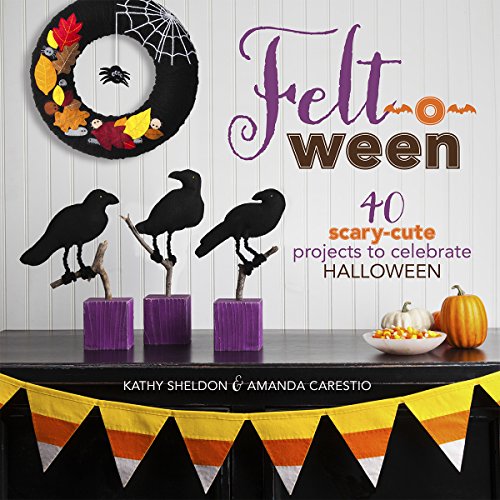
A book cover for Felt-o-ween: 40 Scary-Cute Projects to Celebrate Halloween; Kathy Sheldon; Crafts, Hobbies & Home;